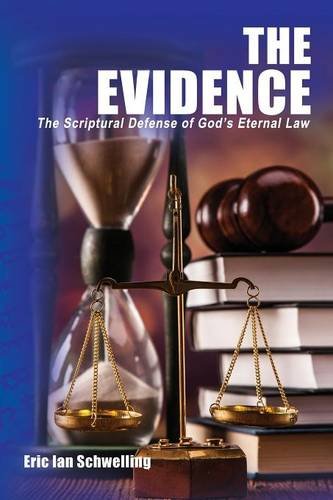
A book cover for The Evidence: The Scriptural Defense of God's Eternal Law; Eric Ian Schwelling; Christian Books & Bibles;